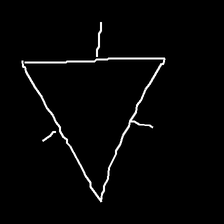
Glyph: fire